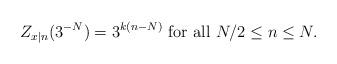
LaTeX: \begin{align*}Z_{x|n}(3^{-N})=3^{k(n-N)} \mbox{ for all } N/2\leq n\leq N. \end{align*}